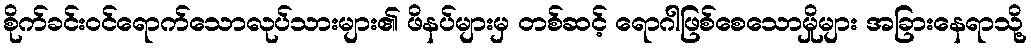
စိုက်ခင်းဝင်ရောက်သောလုပ်သားများ၏ ဖိနပ်များမှ တစ်ဆင့် ရောဂါဖြစ်စေသောမှိုများ အခြားနေရာသို့